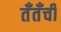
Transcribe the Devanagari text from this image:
तँतँची